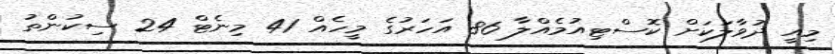
މިއީ ދުވާލަކަށް ކޮސްޓިއުމެއްލާ 86 އަހަރުގެ މީހެއް 41 މިނެޓް 24 ސިކުންތު